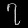
Digit: ၇